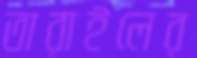
তারাইলের